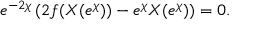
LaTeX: e ^ { - 2 \chi } \left( 2 f ( X ( e ^ { \chi } ) ) - e ^ { \chi } X ( e ^ { \chi } ) \right) = 0 .